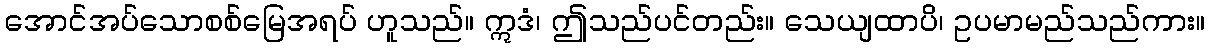
အောင်အပ်သောစစ်မြေအရပ် ဟူသည်။ ဣဒံ၊ ဤသည်ပင်တည်း။ သေယျထာပိ၊ ဥပမာမည်သည်ကား။